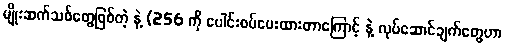
မျိုးဆက်သစ်တွေဖြစ်တဲ့ နဲ့ (256 ကို ပေါင်းစပ်ပေးထားတာကြောင့် နဲ့ လုပ်ဆောင်ချက်တွေဟာ